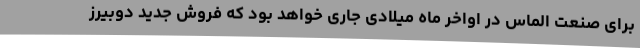
برای صنعت الماس در اواخر ماه میلادی جاری خواهد بود که فروش جدید دوبیرز